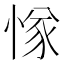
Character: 㥞